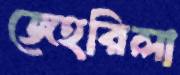
জেহরিলা